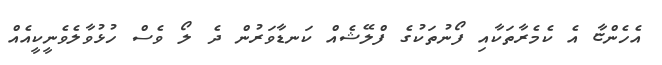
އެހެންޏާ އެ ކެމެރާތަކާއި ފޯނުތަކުގެ ފްލޭޝެއް ކަނޑާވަރުން ދެ ލޯ ވެސް ހުޅުވާލެވެނީކީއެއް